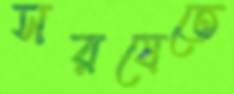
সরষেতে